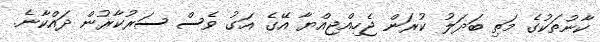
ކާނުތަކުގެ މަތި ބަދަލު ކުރަން ޖެހިއްޖިއްޔާ އޭގެ އަގު ވެސް ސަރުކާރުން ދައްކާނެ.